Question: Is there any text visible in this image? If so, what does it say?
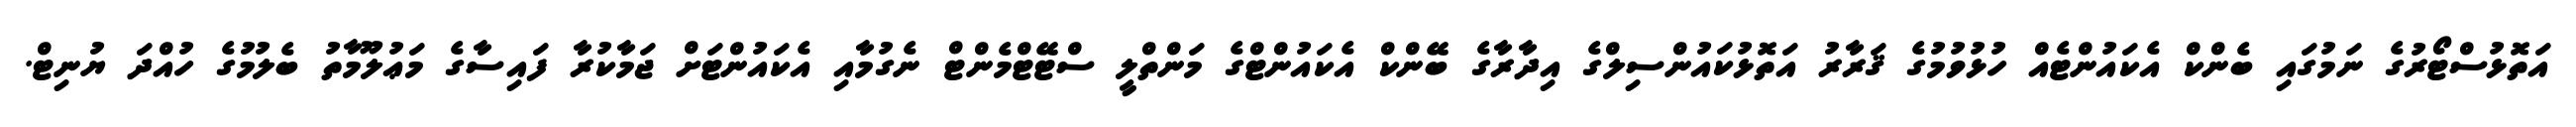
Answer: އަތޮޅުސްޓޯރުގެ ނަމުގައި ބެންކް އެކައުންޓެއް ހުޅުވުމުގެ ޤަރާރު އަތޮޅުކައުންސިލްގެ އިދާރާގެ ބޭންކް އެކައުންޓްގެ މަންތްލީ ސްޓޭޓްމެންޓް ނެގުމާއި އެކައުންޓަށް ޖަމާކުރާ ފައިސާގެ މަޢުލޫމާތު ބެލުމުގެ ހުއްދަ ޔުނިޓް.